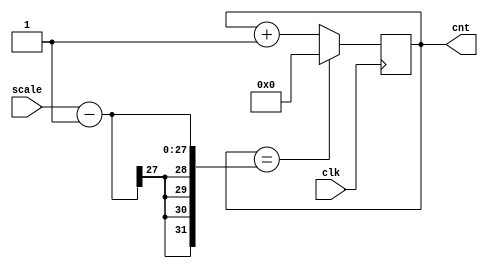
`timescale 1ns / 1ps

/*
A counter that counts up to 100,000,000 - 1, at chich point it resets itself to 0
*/
module counter_100M(clk, scale, cnt);
	input clk; //the 100MHz clk from the board
	input [26:0] scale;
	output reg [31:0] cnt; //max value will be 100M, 32 bits for the size is more than enough
	
	initial begin
		cnt <= 0;
	end
	
	always @(posedge clk) begin
        if( cnt == scale - 1 )	cnt <= 0;
		//if( cnt == 1000-1)	cnt <= 0;
		else cnt <= cnt + 1;
	end
	
endmodule